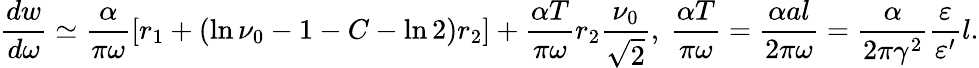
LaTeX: \displaystyle{\frac{dw}{d\omega}\simeq\frac{\alpha}{\pi\omega}\left[r_{1}+\left(\ln\nu_{0}-1-C-\ln 2\right)r_{2}\right]+\frac{\alpha T}{\pi\omega}r_{2}\frac{\nu_{0}}{\sqrt{2}},~\frac{\alpha T}{\pi\omega}=\frac{\alpha al}{2\pi\omega}=\frac{\alpha}{2\pi\gamma^{2}}\frac{\varepsilon}{\varepsilon^{\prime}}l}.